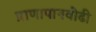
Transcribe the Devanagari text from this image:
प्राणापानवोढी